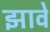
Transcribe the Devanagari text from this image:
झावे